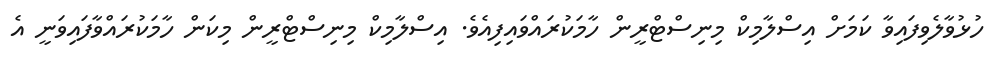
ހުޅުވާލެވިފައިވާ ކަމަށް އިސްލާމިކް މިނިސްޓްރީން ހާމަކުރައްވައިފިއެވެ. އިސްލާމިކް މިނިސްޓްރީން މިކަން ހާމަކުރައްވާފައިވަނީ އެ